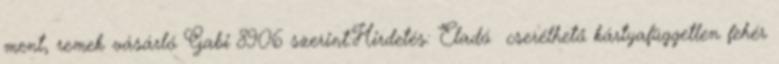
ment, remek vásárló Gabi 8906 szerint:Hirdetés: Eladó cserélhető kártyafüggetlen fehér